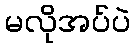
မလိုအပ်ပဲ